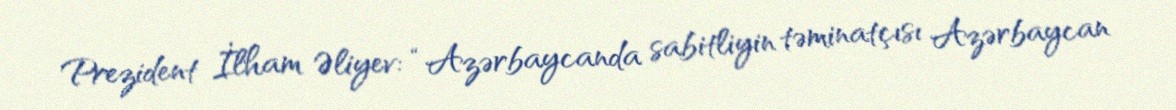
Prezident İlham Əliyev: “Azərbaycanda sabitliyin təminatçısı Azərbaycan